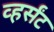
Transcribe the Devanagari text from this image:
व्हर्संट